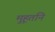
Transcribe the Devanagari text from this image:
मुहूर्ताने